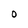
Character: 0